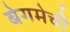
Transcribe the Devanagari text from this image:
बेगमेची